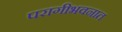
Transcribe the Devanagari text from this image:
परागीभवनात